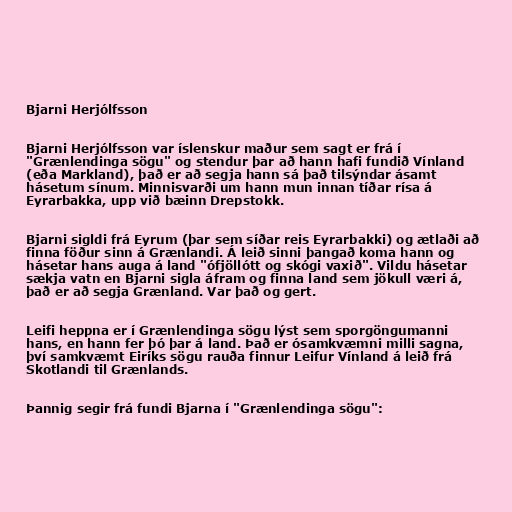
Bjarni Herjólfsson

Bjarni Herjólfsson var íslenskur maður sem sagt er frá í
"Grænlendinga sögu" og stendur þar að hann hafi fundið Vínland
(eða Markland), það er að segja hann sá það tilsýndar ásamt
hásetum sínum. Minnisvarði um hann mun innan tíðar rísa á
Eyrarbakka, upp við bæinn Drepstokk.

Bjarni sigldi frá Eyrum (þar sem síðar reis Eyrarbakki) og ætlaði að
finna föður sinn á Grænlandi. Á leið sinni þangað koma hann og
hásetar hans auga á land "ófjöllótt og skógi vaxið". Vildu hásetar
sækja vatn en Bjarni sigla áfram og finna land sem jökull væri á,
það er að segja Grænland. Var það og gert.

Leifi heppna er í Grænlendinga sögu lýst sem sporgöngumanni
hans, en hann fer þó þar á land. Það er ósamkvæmni milli sagna,
því samkvæmt Eiríks sögu rauða finnur Leifur Vínland á leið frá
Skotlandi til Grænlands.

Þannig segir frá fundi Bjarna í "Grænlendinga sögu":